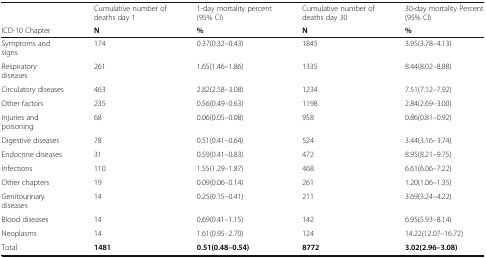
|  | Cumulative number of deaths day 1 | 1-day mortality percent (95% CI) | Cumulative number of deaths day 30 | 30-day mortality Percent (95% CI) |
 | ICD-10 Chapter | N | % | N | % |
 | --- | --- | --- | --- | --- |
 | Symptoms and signs | 174 | 0.37(0.32–0.43) | 1845 | 3.95(3.78–4.13) |
 | Respiratory diseases | 261 | 1.65(1.46–1.86) | 1335 | 8.44(8.02–8.88) |
 | Circulatory diseases | 463 | 2.82(2.58–3.08) | 1234 | 7.51(7.12–7.92) |
 | Other factors | 235 | 0.56(0.49–0.63) | 1198 | 2.84(2.69–3.00) |
 | Injuries and poisoning | 68 | 0.06(0.05–0.08) | 958 | 0.86(0.81–0.92) |
 | Digestive diseases | 78 | 0.51(0.41–0.64) | 524 | 3.44(3.16–3.74) |
 | Endocrine diseases | 31 | 0.59(0.41–0.83) | 472 | 8.95(8.21–9.75) |
 | Infections | 110 | 1.55(1.29–1.87) | 468 | 6.61(6.06–7.22) |
 | Other chapters | 19 | 0.09(0.06–0.14) | 261 | 1.20(1.06–1.35) |
 | Genitourinary diseases | 14 | 0.25(0.15–0.41) | 211 | 3.69(3.24–4.22) |
 | Blood diseases | 14 | 0.69(0.41–1.15) | 142 | 6.95(5.93–8.14) |
 | Neoplasms | 14 | 1.61(0.95–2.70) | 124 | 14.22(12.07–16.72) |
 | Total | 1481 | 0.51(0.48–0.54) | 8772 | 3.02(2.96–3.08) |